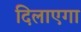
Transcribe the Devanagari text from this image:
दिलाएगा